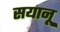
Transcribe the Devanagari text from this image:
सयानू